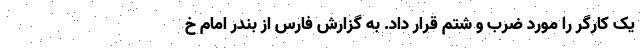
یک کارگر را مورد ضرب و شتم قرار داد. به گزارش فارس از بندر امام خ